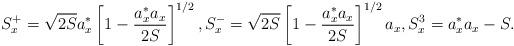
LaTeX: \begin{align*} S^+_x = \sqrt{2S}a^*_x \left[ 1-\frac{a^*_x a_x}{2S} \right]^{1/2}, S^-_x = \sqrt{2S}\left[ 1-\frac{a^*_x a_x}{2S} \right]^{1/2} a_x, S^3_x = a^*_x a_x - S.\end{align*}